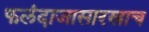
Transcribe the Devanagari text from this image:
फलंदाजासारखाच